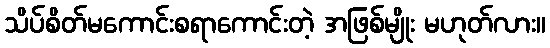
သိပ်စိတ်မကောင်းစရာကောင်းတဲ့ အဖြစ်မျိုး မဟုတ်လား။